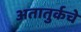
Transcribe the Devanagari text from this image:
अतातुर्कचे